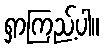
ရှာကြည့်ပါ။